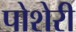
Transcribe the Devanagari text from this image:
पोशेरी